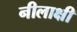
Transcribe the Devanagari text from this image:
नीलाक्षी